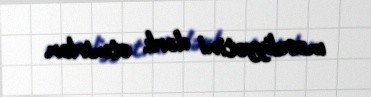
məsuliyyətini dərk etmirlər.